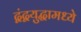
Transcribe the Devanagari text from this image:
द्वंद्वयुद्धामध्ये